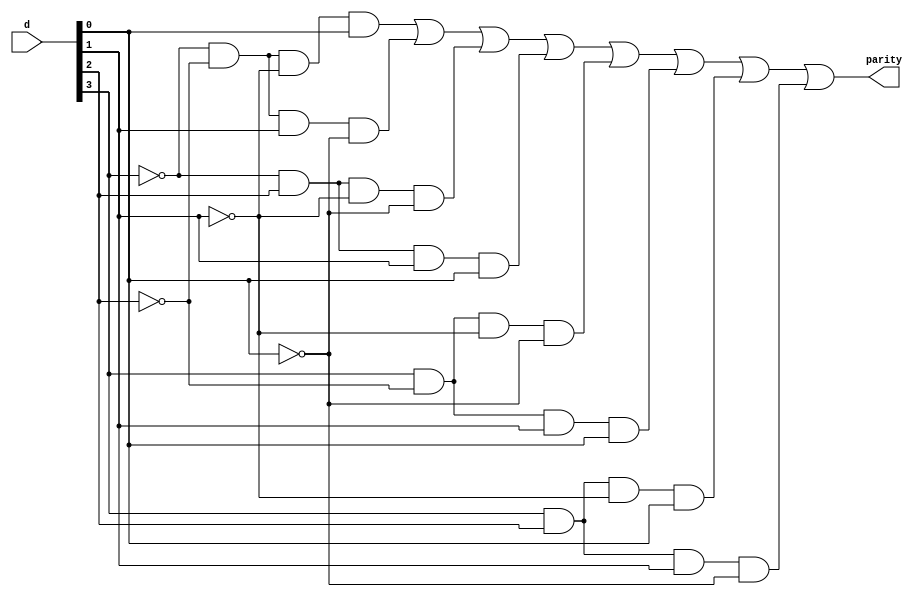
//
// lab2 : version 09/04/2012
//                  
`timescale 1ns / 1ps
//////////////////////////////////////////////////////////////////////////////////
//////////////////////////////////////////////////////////////////////////////////
module op_4bit(
    input [3:0] d,
    output parity
);

// design parity as sum of products

//assign statement for parity led
assign parity = (~d[3] & ~d[2] & ~d[1] & d[0]) |
				(~d[3] & ~d[2] & d[1] & ~d[0]) |
				(~d[3] & d[2] & ~d[1] & ~d[0]) |
				(~d[3] & d[2] & d[1] & d[0]) |
				(d[3] & ~d[2] & ~d[1] & ~d[0]) |
				(d[3] & ~d[2] & d[1] & d[0]) |
				(d[3] & d[2] & ~d[1] & d[0]) |
				(d[3] & d[2] & d[1] & ~d[0]);


endmodule